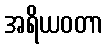
အရိယဝတာ